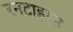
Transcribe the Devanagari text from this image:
रनटाइम्स